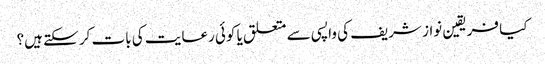
کیا فریقین نواز شریف کی واپسی سے متعلق یا کوئی رعایت کی بات کر سکتے ہیں؟